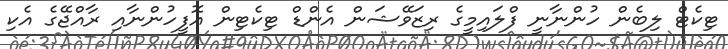
ޓިކެޓް ލިބެން ހުންނާނީ ފްލައިމީގެ ރިޒަވޭޝަން އެންޑް ޓިކެޓިން އޮފީހުންނާއި ރާއްޖޭގެ އެކި